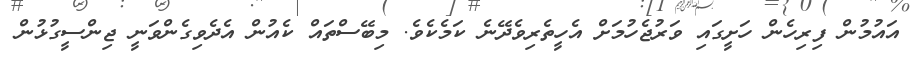
އައުމުން ފިރިހެން ހަށީގައި ވަރުޖެހުމަށް އެހީތެރިވެދޭނެ ކަމެކެވެ. މިބޭސްތައް ކެއުން އެދެވިގެންވަނީ ޖިންސީގުޅުން